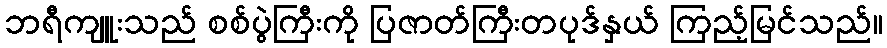
ဘရီကျူးသည် စစ်ပွဲကြီးကို ပြဇာတ်ကြီးတပုဒ်နှယ် ကြည့်မြင်သည်။